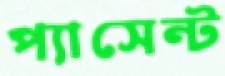
প্যাসেন্ট